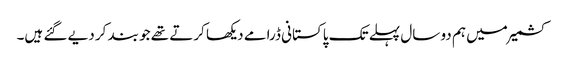
کشمیر میں ہم دو سال پہلے تک پاکستانی ڈرامے دیکھا کرتے تھے جو بند کر دیے گئے ہیں۔